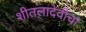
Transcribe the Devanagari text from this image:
शीतलादेवीचा